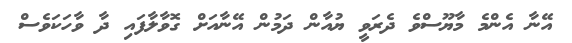
އޭނާ އެންމެ މާޔޫސްވެ ދެރަވީ ޔުއާން ދަމުން އޭނާއަށް ގޮވާާލާފައި ދާ ވާހަކަވެސް